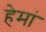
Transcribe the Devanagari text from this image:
हेमां